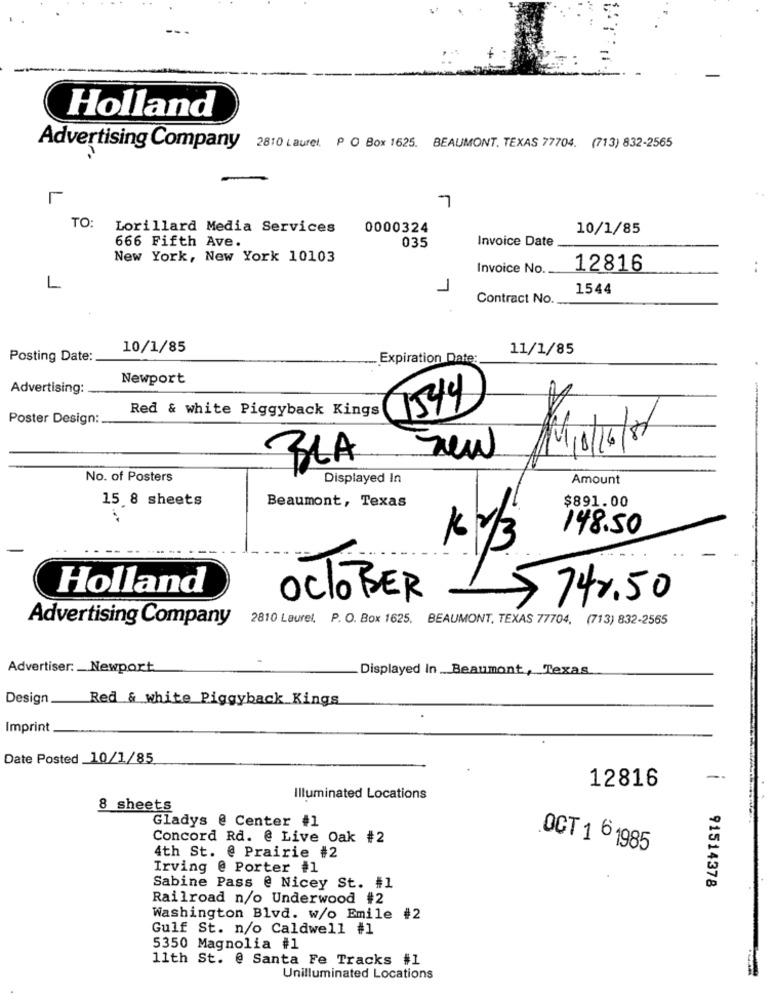
Holland
Advertising Company 2810 Laurel. P O Box 1625. BEAUMONT. TEXAS 77704. (713) 832-2565
7
TO:
Lorillard Media Services
0000324
10/1/85
035
Invoice Date
666 Fifth Ave.
New York, New York 10103
Invoice No.
12816
..
1
1544
Contract No.
10/1/85
11/1/85
Posting Date:
Expiration Date:
Newport
Advertising:
Red & white Piggyback Kings
1544
Poster Design:
BLA
No. of Posters
Displayed In
Amount
15.8 sheets
Beaumont, Texas
$891.00
148.50
Holland
OCTOBER
74%50
Advertising Company
2810 Laurel, P. O. Box 1625, BEAUMONT, TEXAS 77704, (713) 832-2565
Advertiser: Newport
Displayed In Beaumont, Texas
Design.
Red & white Piggyback Kings
Imprint
Date Posted 10/1/85
12816
Illuminated Locations
8 sheets
Gladys @ Center #1
Concord Rd. @ Live Oak #2
4th St. @ Prairie #2
OCT 1 6 1985
Irving @ Porter #1
91514378
Sabine Pass @ Nicey St. #1
Railroad n/o Underwood #2
Washington Blvd. w/o Emile #2
Gulf St. n/o Caldwell #1
5350 Magnolia #1
11th St. @ Santa Fe Tracks #1
Unilluminated Locations